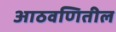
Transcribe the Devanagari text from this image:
आठवणितील